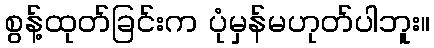
စွန့်ထုတ်ခြင်းက ပုံမှန်မဟုတ်ပါဘူး။